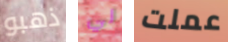
ذهبو لي عملت